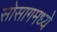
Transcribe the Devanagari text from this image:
सोसागमध्ये